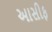
આસીફ